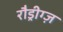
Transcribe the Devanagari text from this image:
रौड्रीग्ज़